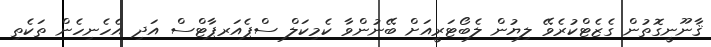
ޤާނޫނީގޮތުން ގެޒެޓްކުރެވޭ ލިޔުން ލެބޯޓަރީއަށް ބޭނުންވާ ކެމިކަލް ސްޕެއަރޕާޓްސް އަދި އެހެނިހެން ތަކެތި